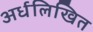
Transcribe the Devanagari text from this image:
अर्धलिखित